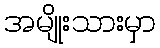
အမျိုးသားမှာ